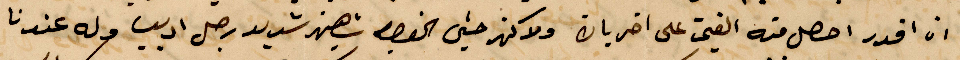
ان اقدر احصل منه الفيم على اخريات %% شهين شديد رجل اديب وله عندنا